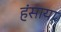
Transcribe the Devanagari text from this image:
हंसाया